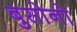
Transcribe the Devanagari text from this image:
बुसोनो